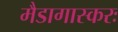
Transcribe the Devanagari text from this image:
मैडागास्करः